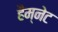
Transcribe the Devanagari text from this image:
हैम्नेट